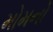
મોમનો